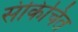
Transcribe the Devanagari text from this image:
संकिचित